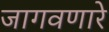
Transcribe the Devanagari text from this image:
जागवणारे